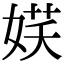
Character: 𡝩